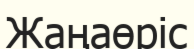
Жаңаөріс